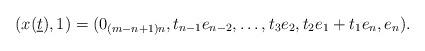
LaTeX: \begin{align*}(x(\underline{t}),1)=(0_{(m-n+1)n},t_{n-1}e_{n-2},\ldots,t_3e_2,t_2e_1+t_1e_n,e_n).\end{align*}